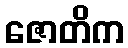
ဇောတိက